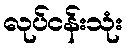
လုပ်ငန်းသုံး